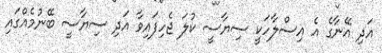
އަދި އޭނާގެ އެ އިސްލާހަކީ ސިޔާސީ ކުލަ ޖެހިފައިވާ އަދި ސިޔާސީ ބޭނުމެއްގައި